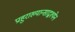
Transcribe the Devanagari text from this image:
प्राहुराख्यान्साद्वश्येन